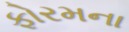
ફોરમના